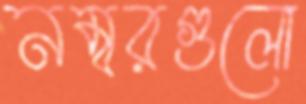
নম্বরগুলো